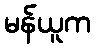
မန်ယူက